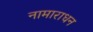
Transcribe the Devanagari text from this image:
नामाराधन